65_HS1-834228961_62-HQ-83894_Section_3
Agency: FBI
Page 101
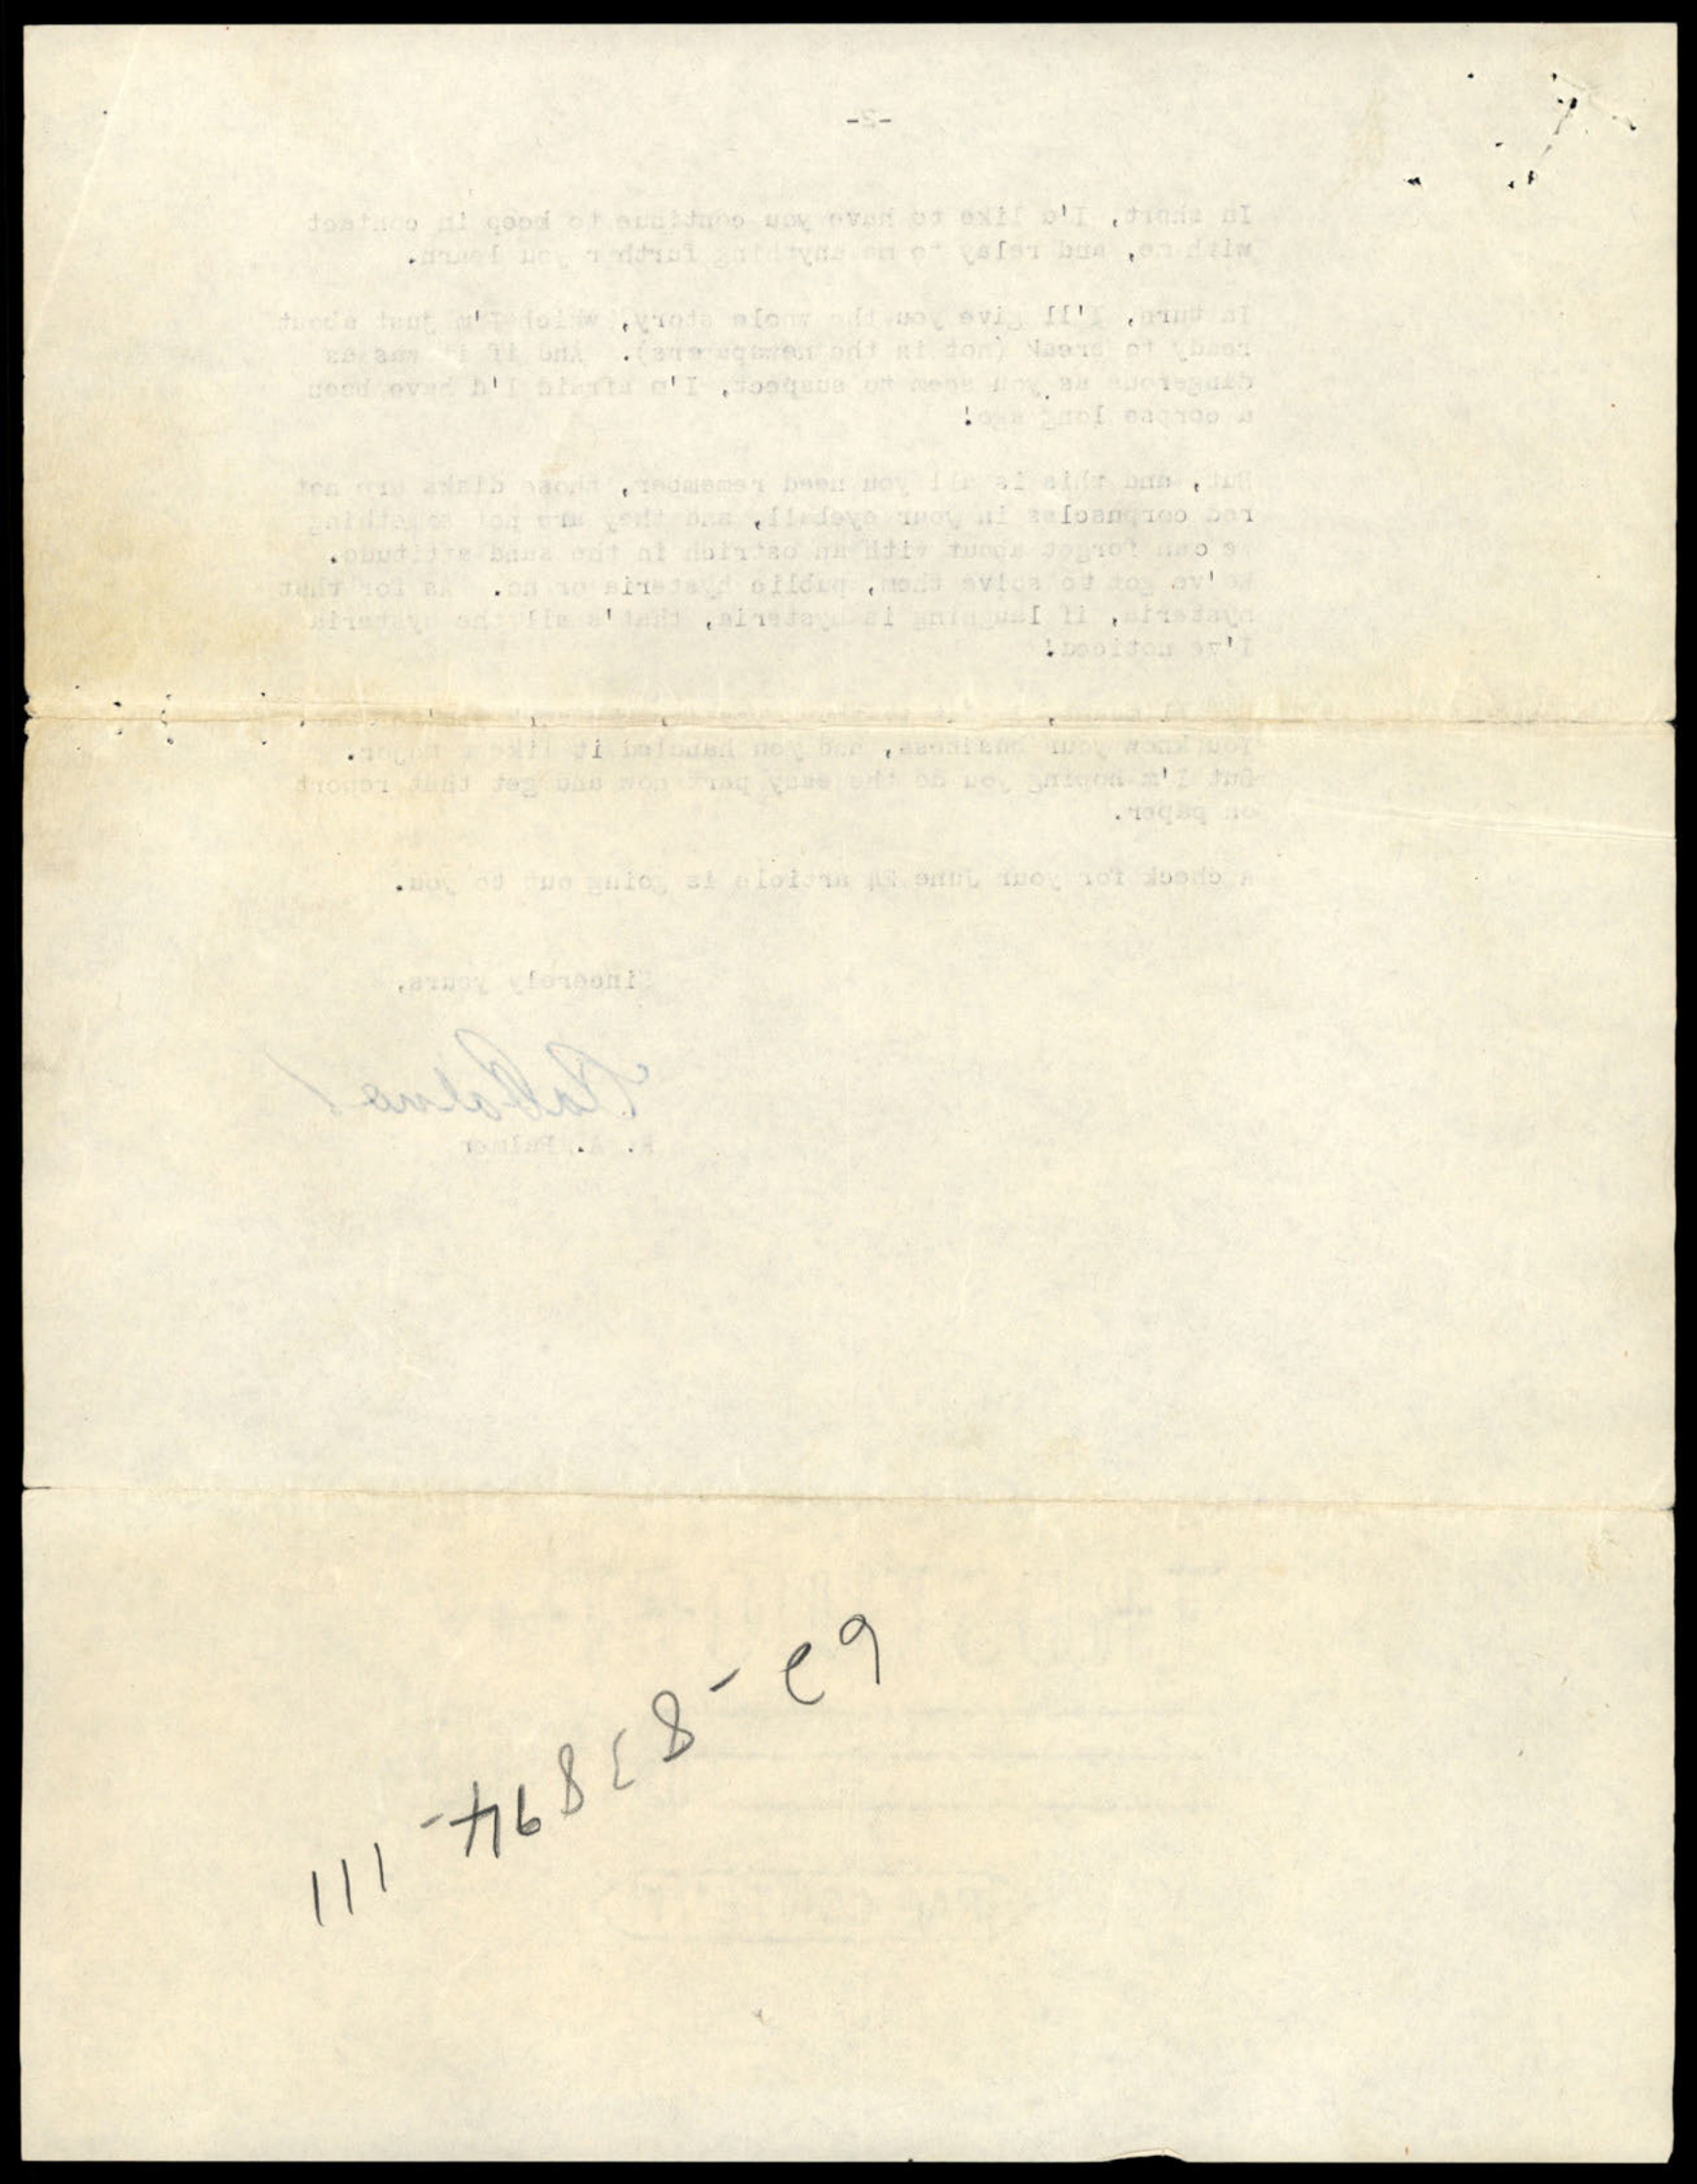